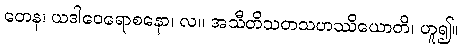
တေန၊ ယဒါဝေရောစနော၊ လ။ အသီတိသတသဟဿိယောတိ၊ ဟူ၍။